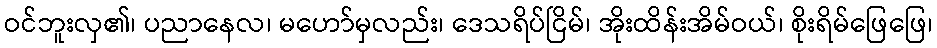
ဝင်ဘူးလှ၏၊ ပညာနေလ၊ မဟော်မှလည်း၊ ဒေသရိပ်ငြိမ်၊ အိုးထိန်းအိမ်ဝယ်၊ စိုးရိမ်ဖြေဖြေ၊